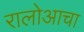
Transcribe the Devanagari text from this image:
रालोआचा